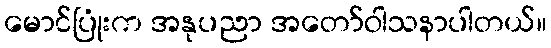
မောင်ပြုံးက အနုပညာ အတော်ဝါသနာပါတယ်။